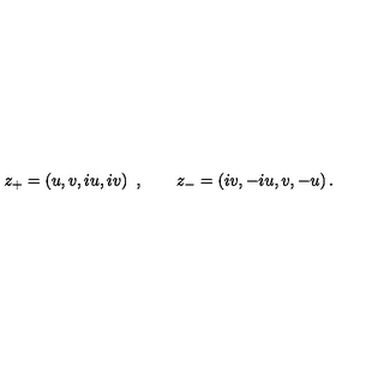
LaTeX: z _ { + } = \left( u , v , i u , i v \right) \ , \qquad z _ { - } = \left( i v , - i u , v , - u \right) .